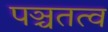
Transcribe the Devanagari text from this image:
पञ्चतत्व